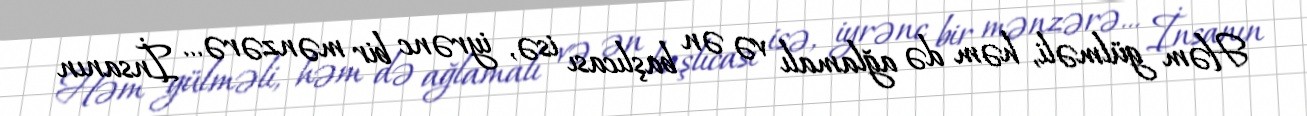
Həm gülməli, həm də ağlamalı və ən başlıcası isə, iyrənc bir mənzərə... İnsanın